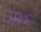
عمن